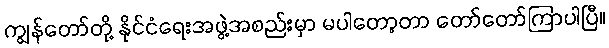
ကျွန်တော်တို့ နိုင်ငံရေးအဖွဲ့အစည်းမှာ မပါတော့တာ တော်တော်ကြာပါပြီ။